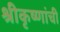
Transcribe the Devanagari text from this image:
श्रीकृष्णांची